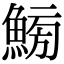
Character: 𩷸